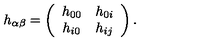
h _ { \alpha \beta } = \left( \begin{array} { c c } { h _ { 0 0 } } & { h _ { 0 i } } \\ { h _ { i 0 } } & { h _ { i j } } \\ \end{array} \right) .